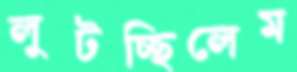
লুটচ্ছিলেম